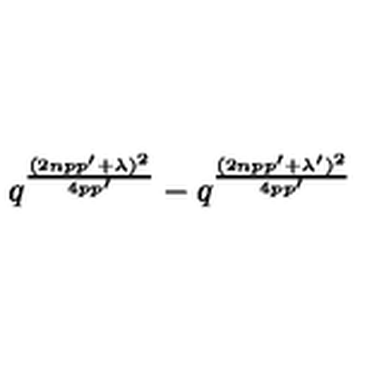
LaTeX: q ^ { \frac { ( 2 n p p ^ { \prime } + \lambda ) ^ { 2 } } { 4 p p ^ { \prime } } } - q ^ { \frac { ( 2 n p p ^ { \prime } + \lambda ^ { \prime } ) ^ { 2 } } { 4 p p ^ { \prime } } }